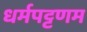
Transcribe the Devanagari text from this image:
धर्मपट्टणम